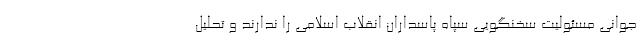
جوانی مسئولیت سخنگویی سپاه پاسداران انقلاب اسلامی را ندارند و تحلیل